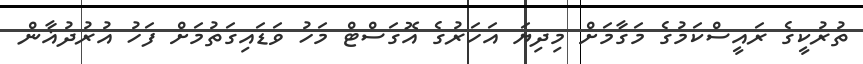
ތުރުކީގެ ރައީސްކަމުގެ މަގާމަށް މިދިޔަ އަހަރުގެ އޮގަސްޓް މަހު ވަޑައިގަތުމަށް ފަހު އުރުދުޣާން